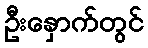
ဦးနှောက်တွင်